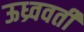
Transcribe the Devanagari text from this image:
ऊध्र्ववर्ती